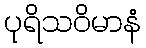
ပုရိသဝိမာနံ